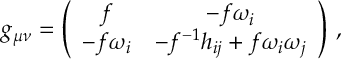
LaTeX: g _ { \mu \nu } = \left( \begin{array} { c c } { { f } } & { { - f \omega _ { i } } } \\ { { - f \omega _ { i } } } & { { - f ^ { - 1 } h _ { i j } + f \omega _ { i } \omega _ { j } } } \end{array} \right) \, ,